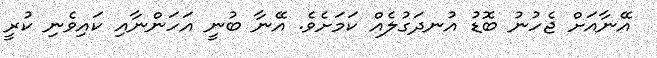
އޭނާއަށް ޖެހުނު ބޮޑު އުނދަގުލެއް ކަމަށެވެ. އޭނާ ބުނީ އަހަންނާއި ކައިވެނި ކުރީ